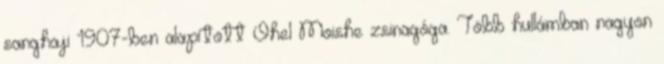
sanghaji 1907-ben alapított Ohel Moishe zsinagóga. Több hullámban nagyon